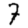
Digit: 7